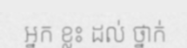
អ្នក ខ្លះ ដល់ ថ្នាក់